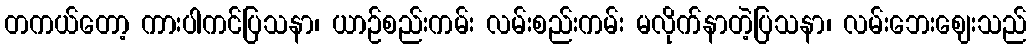
တကယ်တော့ ကားပါကင်ပြသနာ၊ ယာဉ်စည်းကမ်း လမ်းစည်းကမ်း မလိုက်နာတဲ့ပြသနာ၊ လမ်းဘေးဈေးသည်